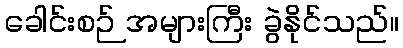
ခေါင်းစဉ် အများကြီး ခွဲနိုင်သည်။